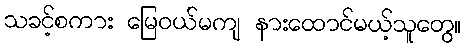
သခင့်စကား မြေဝယ်မကျ နားထောင်မယ့်သူတွေ။